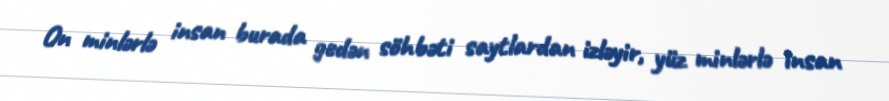
On minlərlə insan burada gedən söhbəti saytlardan izləyir, yüz minlərlə insan